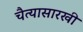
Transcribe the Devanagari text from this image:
चैत्यासारखी